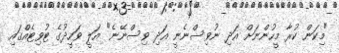
"މިކަން ކުރާ މީހުންނަށް އަދި ނުވިސްނެނީ އަދި ވިސްނޭނެ" އަލީ ވަހީދުގެ ޓުވިޓެއްގައި